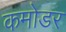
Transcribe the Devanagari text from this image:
कमोडर